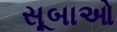
સૂબાઓ